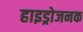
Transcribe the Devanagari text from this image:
हाइड्रोजनक